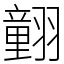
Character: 𦒍